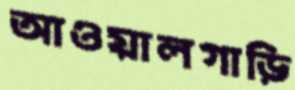
আওয়ালগাড়ি